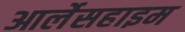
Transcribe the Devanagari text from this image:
आर्लेसहाइम